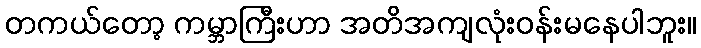
တကယ်တော့ ကမ္ဘာကြီးဟာ အတိအကျလုံးဝန်းမနေပါဘူး။